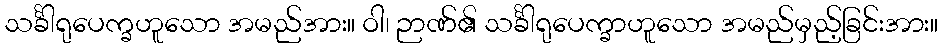
သင်္ခါရုပေက္ခဟူသော အမည်အား။ ဝါ၊ ဉာဏ်၏ သင်္ခါရုပေက္ခာဟူသော အမည်မှည့်ခြင်းအား။